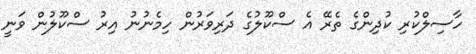
ހާސިލްކުރި ކުދިންގެ ތެރޭ އެ ސްކޫލުގެ ދަރިވަރުން ހިމެނުނު އިރު ސްކޫލުން ވަނީ